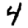
Digit: 4